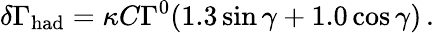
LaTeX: \delta\Gamma_{\mathrm{had}}=\kappa C\Gamma^{0}(1.3\sin\gamma+1.0\cos\gamma)\, .